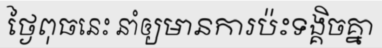
ថ្ងៃពុធនេះ នាំឲ្យមានការប៉ះទង្គិចគ្នា